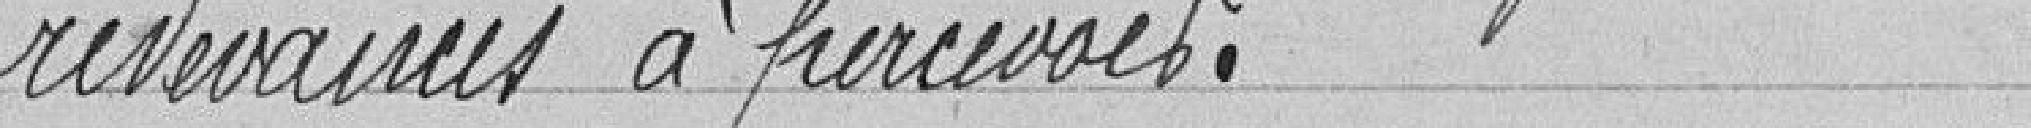
redevances à percevoir.